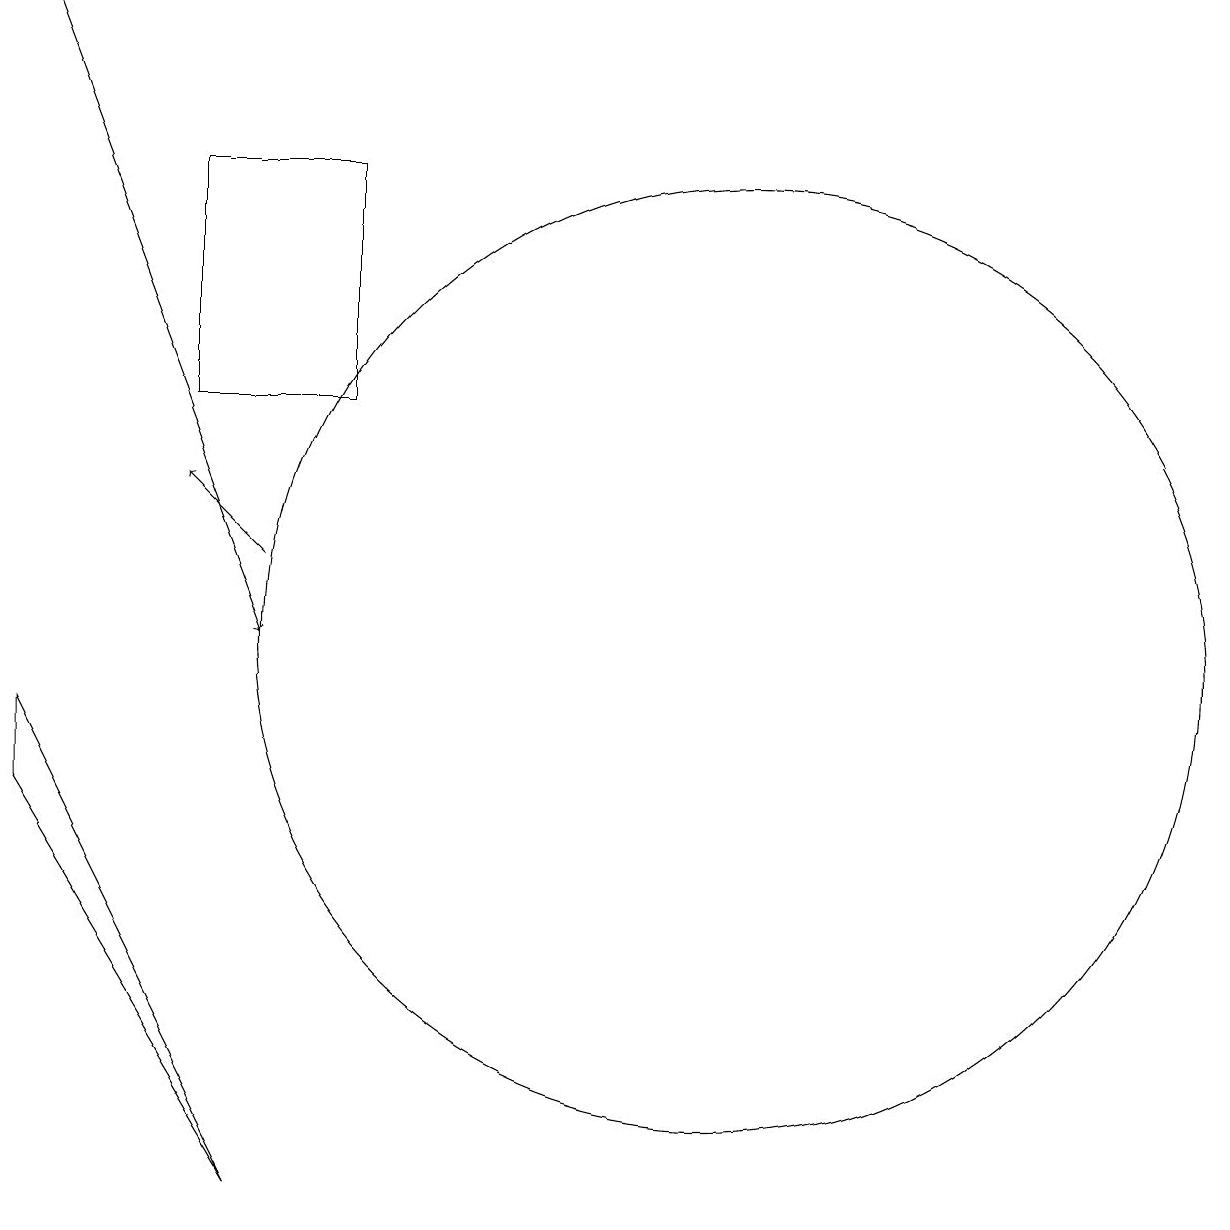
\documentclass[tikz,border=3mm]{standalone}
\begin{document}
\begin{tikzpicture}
\draw (12,10) circle (6);
\draw[->] (3,18) -- (6,10);
\draw[->] (6,11) -- (5,12);
\draw (5,13) rectangle (7,16);
\draw (6,3) -- (3,8) -- (3,9) -- cycle;
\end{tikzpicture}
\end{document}